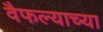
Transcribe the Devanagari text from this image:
वैफल्याच्या